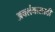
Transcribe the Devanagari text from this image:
अवलंबासाठी